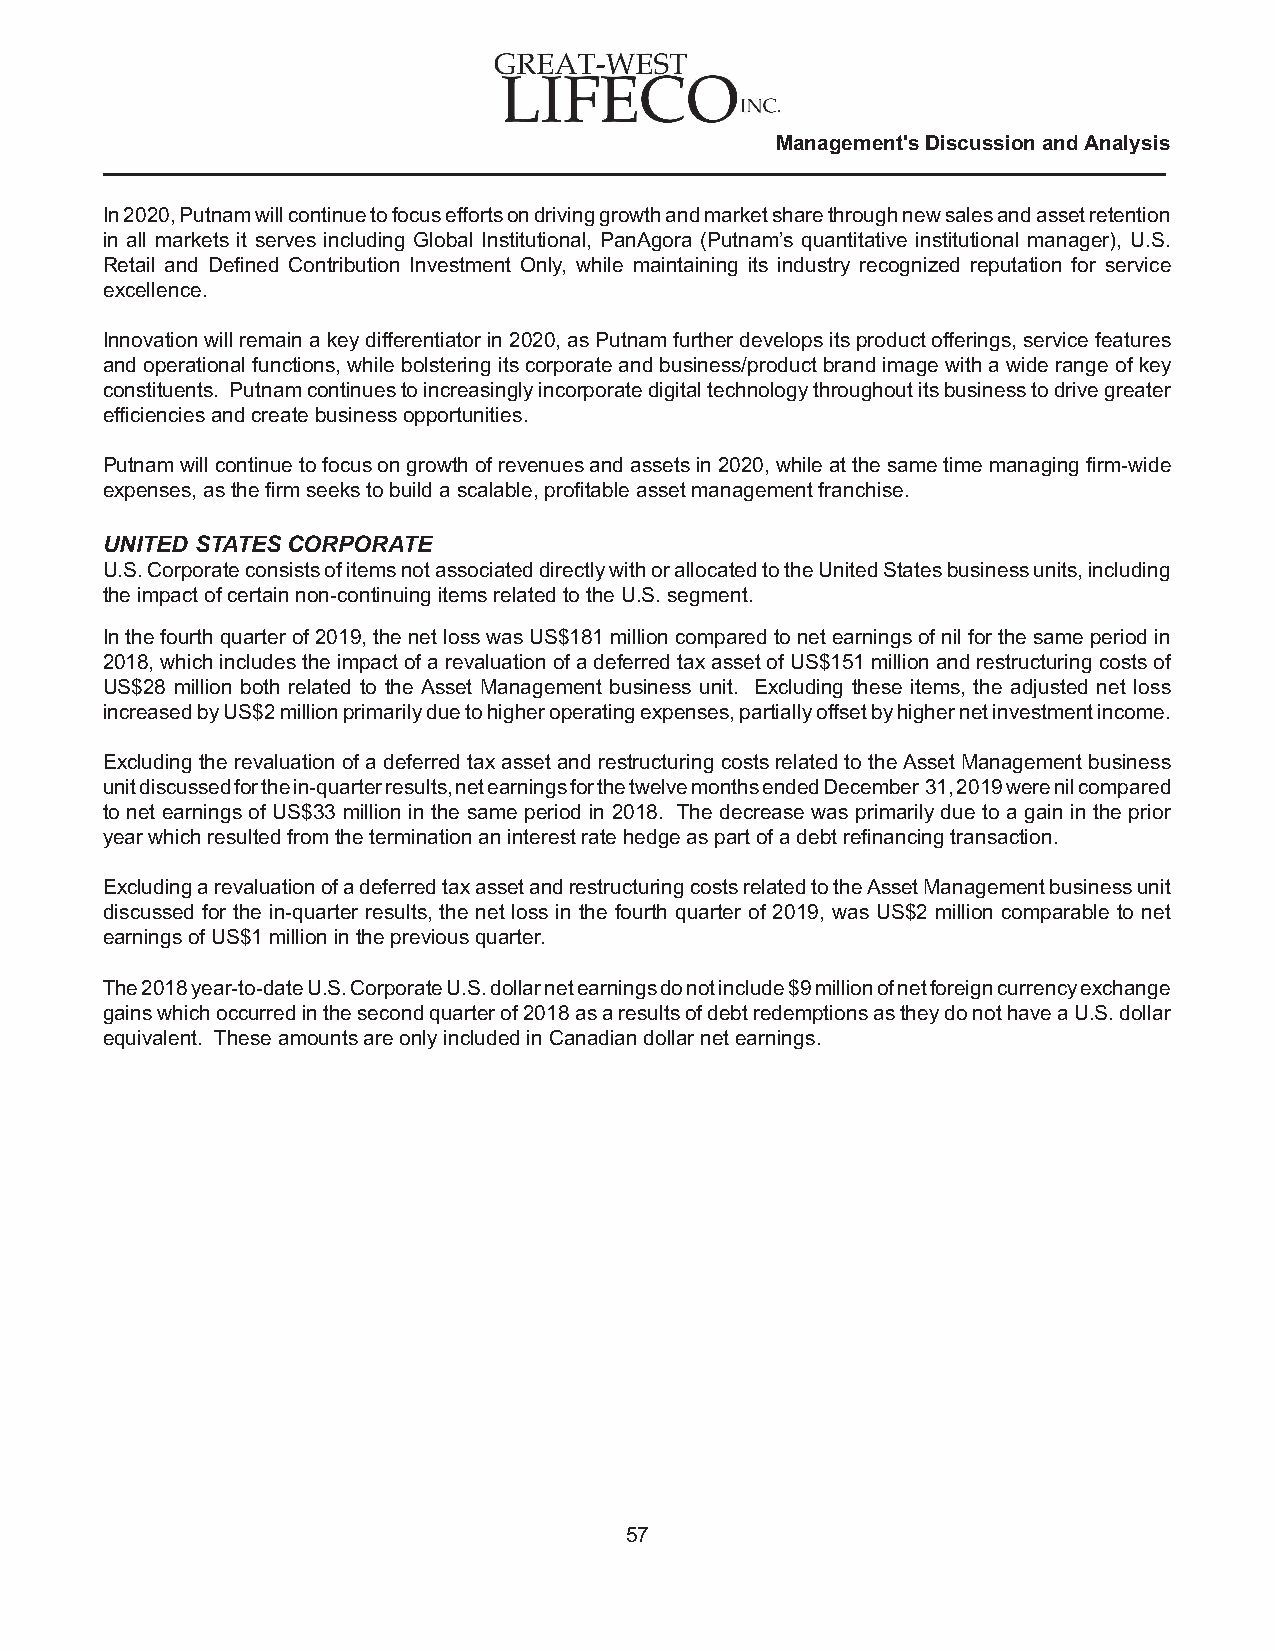
Management's Discussion and Analysis
 In 2020, Putnam will continue to focus efforts on driving growth and market share through new sales and asset retention
 in all markets it serves including Global Institutional, PanAgora (Putnam’s quantitative institutional manager), U.S.
 Retail and Defined Contribution Investment Only, while maintaining its industry recognized reputation for service
 excellence.
 Innovation will remain a key differentiator in 2020, as Putnam further develops its product offerings, service features
 and operational functions, while bolstering its corporate and business/product brand image with a wide range of key
 constituents. Putnam continues to increasingly incorporate digital technology throughout its business to drive greater
 efficiencies and create business opportunities.
 Putnam will continue to focus on growth of revenues and assets in 2020, while at the same time managing firm-wide
 expenses, as the firm seeks to build a scalable, profitable asset management franchise.
 UNITED STATES CORPORATE
 U.S. Corporate consists of items not associated directly with or allocated to the United States business units, including
 the impact of certain non-continuing items related to the U.S. segment.
 In the fourth quarter of 2019, the net loss was US$181 million compared to net earnings of nil for the same period in
 2018, which includes the impact of a revaluation of a deferred tax asset of US$151 million and restructuring costs of
 US$28 million both related to the Asset Management business unit. Excluding these items, the adjusted net loss
 increased by US$2 million primarily due to higher operating expenses, partially offset by higher net investment income.
 Excluding the revaluation of a deferred tax asset and restructuring costs related to the Asset Management business
 unit discussed for the in-quarter results, net earnings for the twelve months ended December 31, 2019 were nil compared
 to net earnings of US$33 million in the same period in 2018. The decrease was primarily due to a gain in the prior
 year which resulted from the termination an interest rate hedge as part of a debt refinancing transaction.
 Excluding a revaluation of a deferred tax asset and restructuring costs related to the Asset Management business unit
 discussed for the in-quarter results, the net loss in the fourth quarter of 2019, was US$2 million comparable to net
 earnings of US$1 million in the previous quarter.
 The 2018 year-to-date U.S. Corporate U.S. dollar net earnings do not include $9 million of net foreign currency exchange
 gains which occurred in the second quarter of 2018 as a results of debt redemptions as they do not have a U.S. dollar
 equivalent. These amounts are only included in Canadian dollar net earnings.
 57